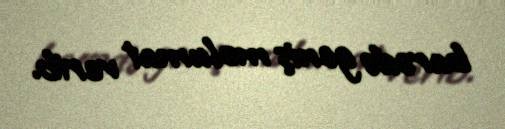
barədə geniş məlumat verib.